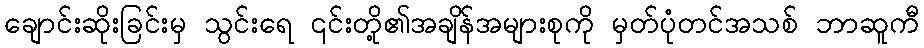
ချောင်းဆိုးခြင်းမှ သွင်းရေ ၎င်းတို့၏အချိန်အများစုကို မှတ်ပုံတင်အသစ် ဘာဆူကီ